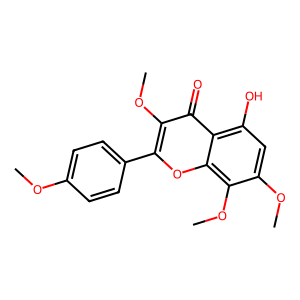
SMILES: COc1ccc(-c2oc3c(OC)c(OC)cc(O)c3c(=O)c2OC)cc1
Inhibits HIV replication: No